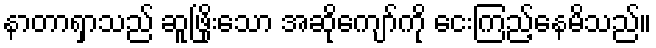
နာတာရှာသည် ဆူဖြိုးသော အဆိုကျော်ကို ငေးကြည့်နေမိသည်။